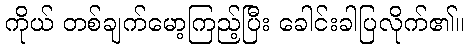
ကိုယ် တစ်ချက်မော့ကြည့်ပြီး ခေါင်းခါပြလိုက်၏။